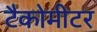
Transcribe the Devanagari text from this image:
टैकोमीटर